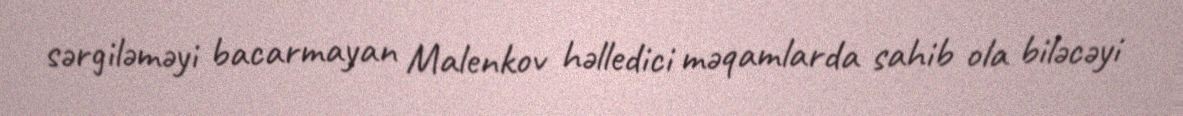
sərgiləməyi bacarmayan Malenkov həlledici məqamlarda sahib ola biləcəyi